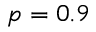
p = 0 . 9